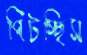
পিটচ্ছিস